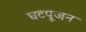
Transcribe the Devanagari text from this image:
घटपूजन